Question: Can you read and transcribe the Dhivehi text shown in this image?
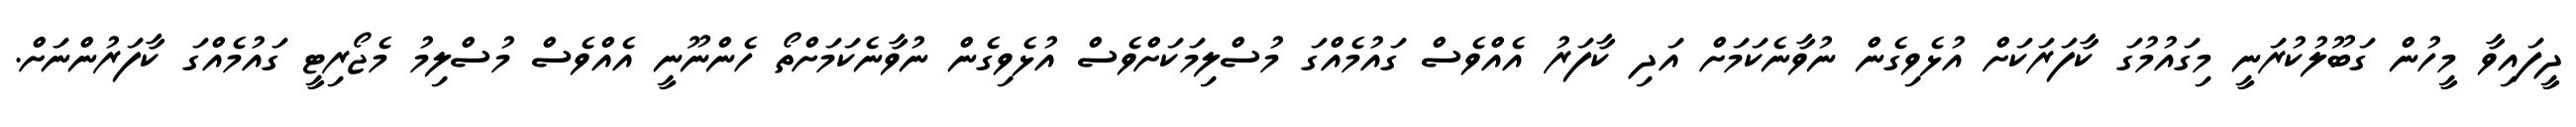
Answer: ދީފައިވާ މީހުން ގަބޫލުކުރަނީ މިގައުމުގަ ކާފަރަކަށް އުޅެވިގެން ނުވާނެކަމަށް އަދި ކާފަރު އެއްވެސް ގައުމެއްގަ މުސްލިމަކަށްވެސް އުޅެވިގެން ނުވާނެކަމަށްތޯ ހެންނޫނީ އެއްވެސް މުސްލިމު މެޖޯރިޓީ ގައުމެއްގަ ކާފަރުންނަށް.